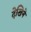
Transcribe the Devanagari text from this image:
देखिने